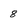
Character: 8